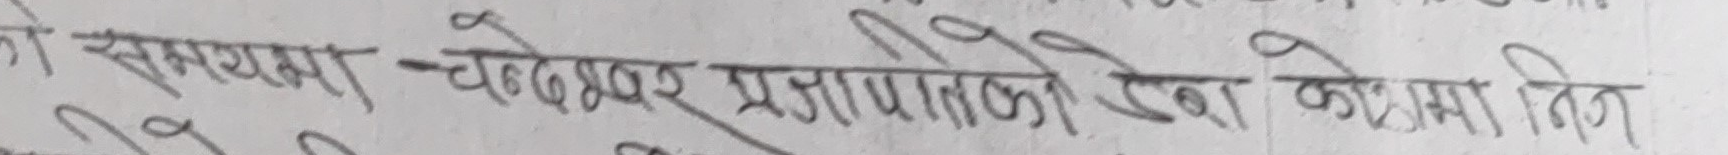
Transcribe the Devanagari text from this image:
को समस्या - चन्द्रावर प्रजापतीको देखाे काेमा निस्ने